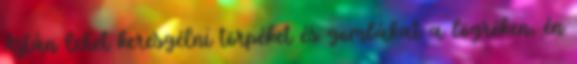
Aztán lehet keresgélni törpéket és gombákat a bögréken, én